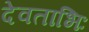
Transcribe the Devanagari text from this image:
देवताभिः